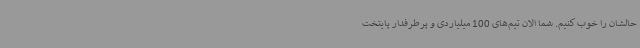
حالشان را خوب کنیم. شما الان تیم‌های 100 میلیاردی و پرطرفدار پایتخت